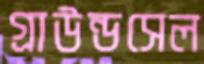
গ্রাউন্ডসেল